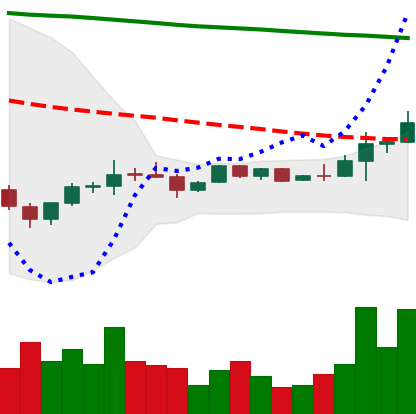
Ticker: EOS-USD
Chart end date: 2022-12-09
Forward return: -5.196%
Label: down_5_7